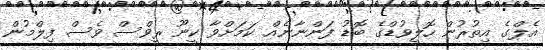
އެލްގެ އިތުރުން ހޮލީވުޑްގެ ބޮޑު ފަންނާނެއް ކަމަށްވާ ކީނޫ ރީވްސް ވެސް ފިލްމުން